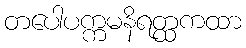
တပေါပက္ကမနိရတ္ထကထာ